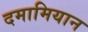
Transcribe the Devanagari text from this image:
दमामियान